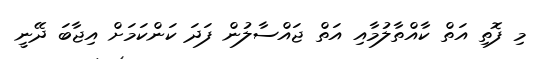
މި ފޮތި އަތް ކާއްތާލުމާއި އަތް ޖައްސާލުން ފަދަ ކަންކަމަށް އިޖާބަ ދޭނީ